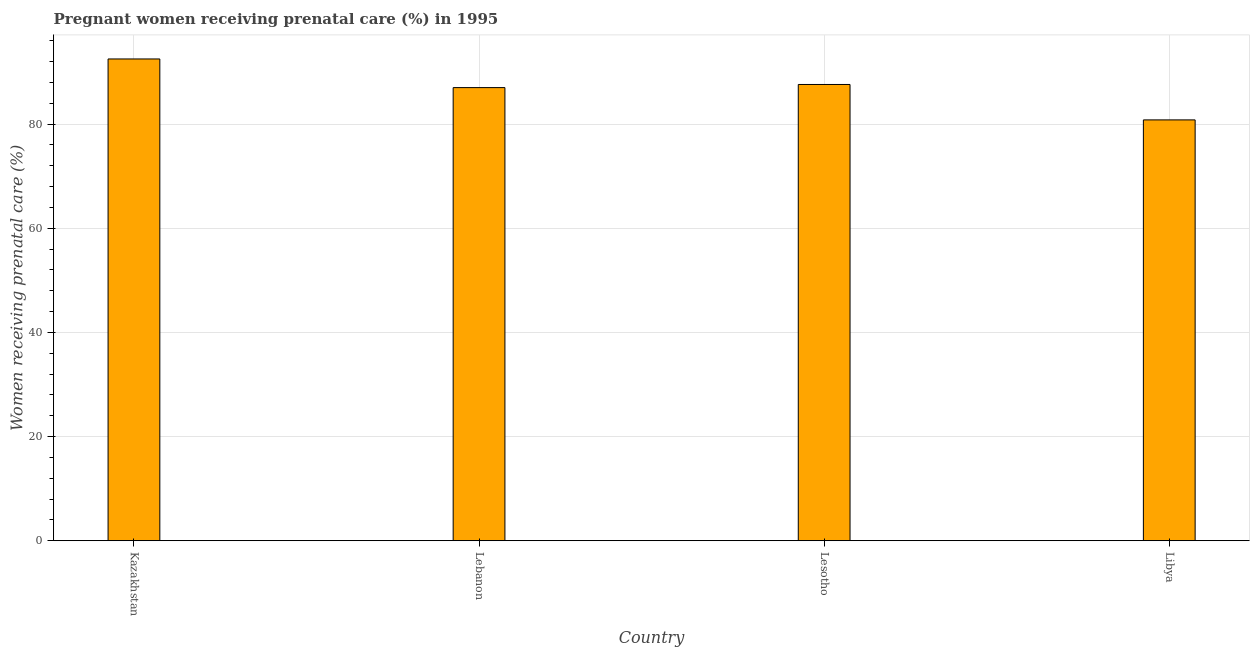
| Country | Pregnant women receiving prenatal care |
 | --- | --- |
 | Kazakhstan | 92.5 |
 | Lebanon | 87 |
 | Lesotho | 87.6 |
 | Libya | 80.8 |